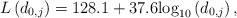
LaTeX: \begin{align*}L\left(d_{0,j}\right)=128.1 + 37.6{\log _{10}}\left( {{d_{{{0,j}}}}} \right),\end{align*}